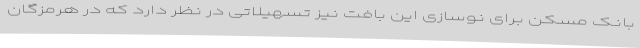
بانک مسکن برای نوسازی این بافت نیز تسهیلاتی در نظر دارد که در هرمزگان